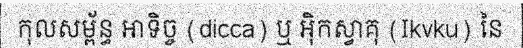
កុលសម្ព័ន្ធ អាទិច្ច (dicca) ឬ អ៊ិកស្វាគុ (Ikvku) នៃ